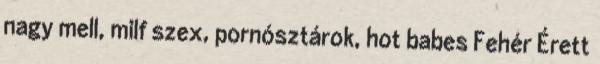
nagy mell, milf szex, pornósztárok, hot babes Fehér Érett